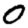
Digit: 0